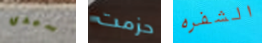
سيدي حزمت الشفره